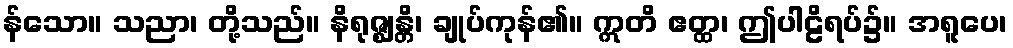
န်သော။ သညာ၊ တို့သည်။ နိရုဇ္ဈန္တိ၊ ချုပ်ကုန်၏။ ဣတိ ဧတ္ထ၊ ဤပါဠိရပ်၌။ အရူပေ၊